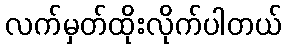
လက်မှတ်ထိုးလိုက်ပါတယ်